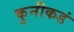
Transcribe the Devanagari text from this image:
कुनीकडं